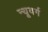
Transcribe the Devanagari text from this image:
न्यूवर्ग